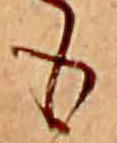
も